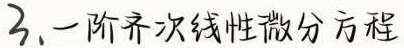
3. 一阶齐次线性微分方程